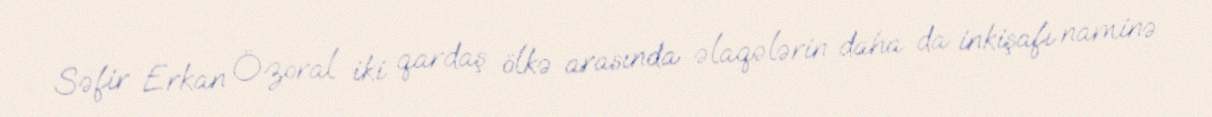
Səfir Erkan Özoral iki qardaş ölkə arasında əlaqələrin daha da inkişafı naminə